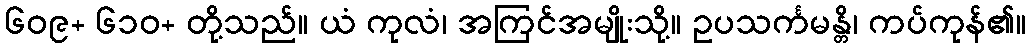
၆၀၉+ ၆၁၀+ တို့သည်။ ယံ ကုလံ၊ အကြင်အမျိုးသို့။ ဥပသင်္ကမန္တိ၊ ကပ်ကုန်၏။